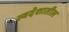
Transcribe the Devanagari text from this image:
स्वदेशातील